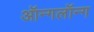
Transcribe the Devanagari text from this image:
ऑन्गलॉन्ग